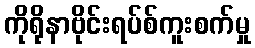
ကိုရိုနာဗိုင်းရပ်စ်ကူးစက်မှု